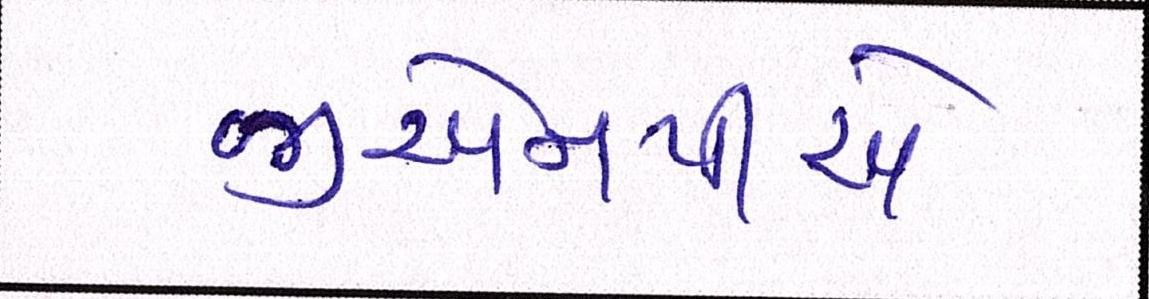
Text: જીએનપીએ